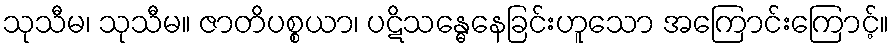
သုသီမ၊ သုသီမ။ ဇာတိပစ္စယာ၊ ပဋိသန္ဓေနေခြင်းဟူသော အကြောင်းကြောင့်။